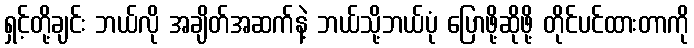
ရှင့်တို့ချင်း ဘယ်လို အချိတ်အဆက်နဲ့ ဘယ်သို့ဘယ်ပုံ ပြောဖို့ဆိုဖို့ တိုင်ပင်ထားတာကို